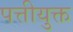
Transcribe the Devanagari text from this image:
पत्तीयुक्त